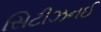
સિટીઝનઈ